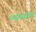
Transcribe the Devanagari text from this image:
न्यवसाय